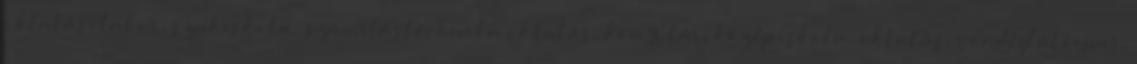
oktatás, labor, szakiskola, számítástechnika oktatás, könyvtár, középiskola, oktatás, vendéglátóipar,